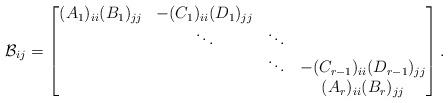
LaTeX: \begin{align*}\mathcal B_{ij} = \begin{bmatrix}(A_1)_{ii}(B_1)_{jj} & -(C_1)_{ii}(D_1)_{jj}\\& \ddots &\ddots\\& & \ddots & -(C_{r-1})_{ii}(D_{r-1})_{jj} \\& & & (A_r)_{ii}(B_r)_{jj} \\\end{bmatrix}.\end{align*}